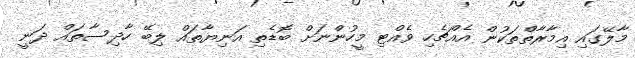
މާލޭގައި އިމާރާތްތަކުން އެއްޗެހި ވެއްޓި މީހުންނަށް ބޮޑެތި އަނިޔާތައް ލިބޭ ހާދިސާތައް ދަނީ